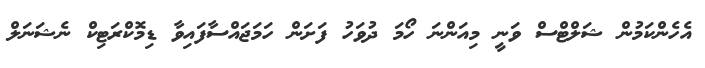
އެހެންކަމުން ޝަލްޓްސް ވަނީ މިއަންނަ ހޯމަ ދުވަހު ފަށަން ހަމަޖައްސާފައިވާ ޑިމޮކްރަޓިކް ނެޝަނަލް